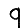
Digit: 9